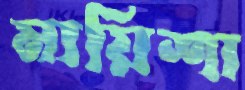
মায়িশা